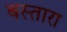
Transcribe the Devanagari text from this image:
बस्तारा